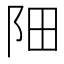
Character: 䧃